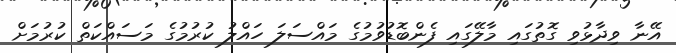
އޭނާ ވިދާޅުވި ގޮތުގައި މާލޭގައި ފެންބޮޑުވުމުގެ މައްސަލަ ހައްލު ކުރުމުގެ މަސައްކަތް ކުރުމަށް